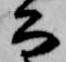
公